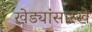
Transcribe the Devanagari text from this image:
खेड्यांसारखे